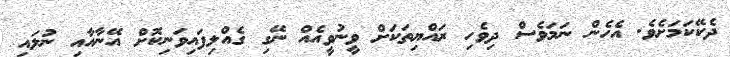
ދެކޭކަމަށެވެ. އެހެން ނަމަވެސް ދިވެހި ރައްޔިތަކަށް ވީނުވީއެއް ނޭގި ގެއްލިފައިވަނިކޮށް އޭނާއާއި ނުލައި